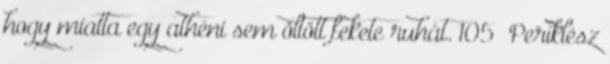
hogy miatta egy athéni sem öltött fekete ruhát. 105 Periklész